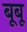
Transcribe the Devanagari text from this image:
बूबू